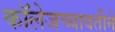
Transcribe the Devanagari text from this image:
कॉलेजच्यावतीने